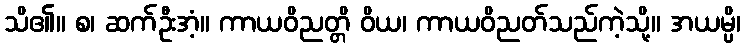
သိ၏။ စ၊ ဆက်ဦးအံ့။ ကာယဝိညတ္တိ ဝိယ၊ ကာယဝိညတ်သည်ကဲ့သို့။ အယမ္ပိ၊